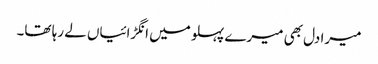
میرا دل بھی میرے پہلو میں انگڑائیاں لے رہا تھا۔